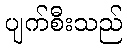
ပျက်စီးသည်